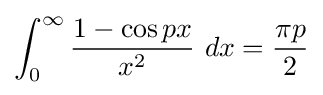
\int _{0}^{\infty }{\frac {1-\cos px}{x^{2}}}\ dx={\frac {\pi p}{2}}